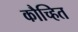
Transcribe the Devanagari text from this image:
कौच्हित